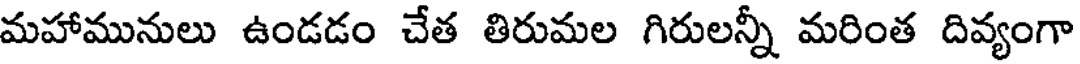
మహామునులు ఉండడం చేత తిరుమల గిరులన్నీ మరింత దివ్యంగా